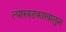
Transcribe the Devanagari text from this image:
त्याखडकाखालुन